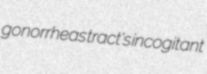
gonorrheas tract's incogitant